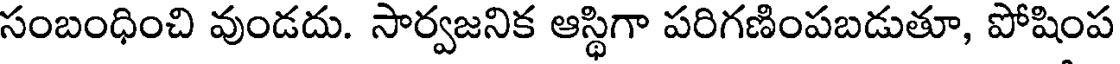
సంబంధించి వుండదు. సార్వజనిక ఆస్థిగా పరిగణింపబడుతూ, పోషింప